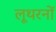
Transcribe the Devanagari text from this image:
लूथरनों